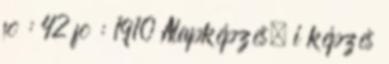
fõ : 42 fõ : 1910 Alapképzés, i képzés